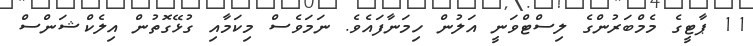
11 ޕާޓީގެ މެމްބަރުންގެ ލިސްޓްވަނީ އަލުން ހިމަނާފައެވެ. ނަމަވެސް މިކަމާއި ގުޅޭގޮތުން އިލެކްޝަންސް